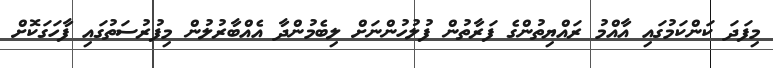
މިފަދަ ކަންކަމުގައި އާއްމު ރައްޔިތުންގެ ފަރާތުން ފުލުހުންނަށް ލިބެމުންދާ އެއްބާރުލުން މިފުރުސަތުގައި ފާހަގަކޮށް